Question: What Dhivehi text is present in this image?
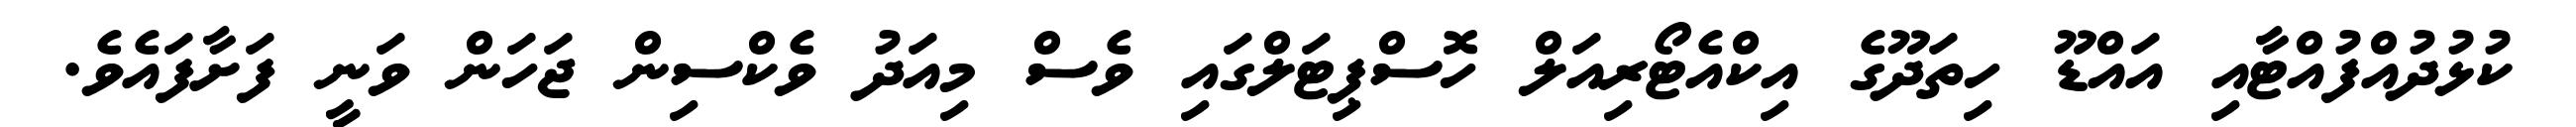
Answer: ކުޅުދުއްފުއްޓާއި އައްޑޫ ހިތަދޫގެ އިކްއެޓޯރިއަލް ހޮސްޕިޓަލްގައި ވެސް މިއަދު ވެކްސިން ޖަހަން ވަނީ ފަށާފައެވެ.